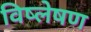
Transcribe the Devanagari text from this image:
विष्‍लेषण